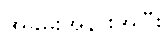
အခမ်းအနားအပြီး